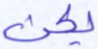
يكن